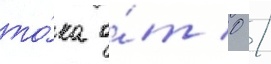
то́ка о́т 0 /